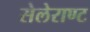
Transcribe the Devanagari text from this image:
सेलेराण्ट